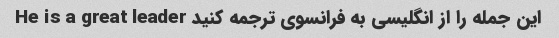
این جمله را از انگلیسی به فرانسوی ترجمه کنید He is a great leader